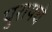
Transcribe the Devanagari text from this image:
पुरायचे